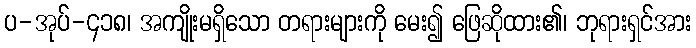
ပ-အုပ်-၄၁၈၊ အကျိုးမရှိသော တရားများကို မေး၍ ဖြေဆိုထား၏၊ ဘုရားရှင်အား